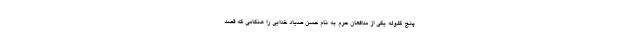
پنج گلوله یکی از مدافعان حرم به نام حسن صیاد خدایی را هنگامی که قصد